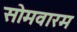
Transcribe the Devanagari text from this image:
सोमवारम